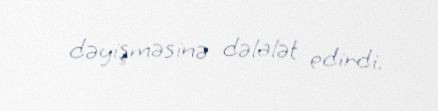
dəyişməsinə dəlalət edirdi.